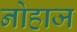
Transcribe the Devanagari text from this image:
नोहाज